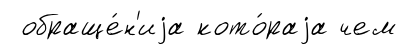
обраще́н'иjа кото́раjа чем